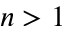
n > 1